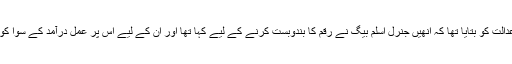
یونس حبیب نے عدالت کو بتایا تھا کہ انھیں جنرل اسلم بیگ نے رقم کا بندوبست کرنے کے لیے کہا تھا اور ان کے لیے اس پر عمل درآمد کے سوا کوئی چارہ نہیں تھا۔